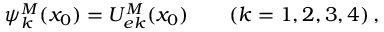
\psi _ { k } ^ { M } ( x _ { 0 } ) = U _ { e k } ^ { M } ( x _ { 0 } ) \qquad ( k = 1 , 2 , 3 , 4 ) \, ,